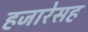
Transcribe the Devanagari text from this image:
हजारेसह